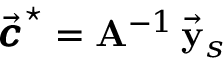
\vec { \pmb { c } } ^ { \star } = { \bf A } ^ { - 1 } \, \vec { \bf y } _ { s }